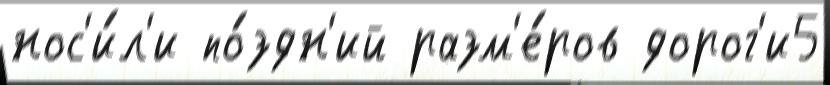
нос'и́л'и по́здн'ий разм'е́ров дорог'и5